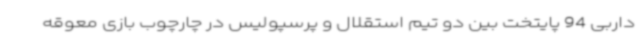
داربی 94 پایتخت بین دو تیم استقلال و پرسپولیس در چارچوب بازی معوقه